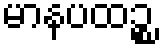
မာနပထဉ္စ